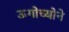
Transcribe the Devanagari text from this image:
ऊगोच्योने